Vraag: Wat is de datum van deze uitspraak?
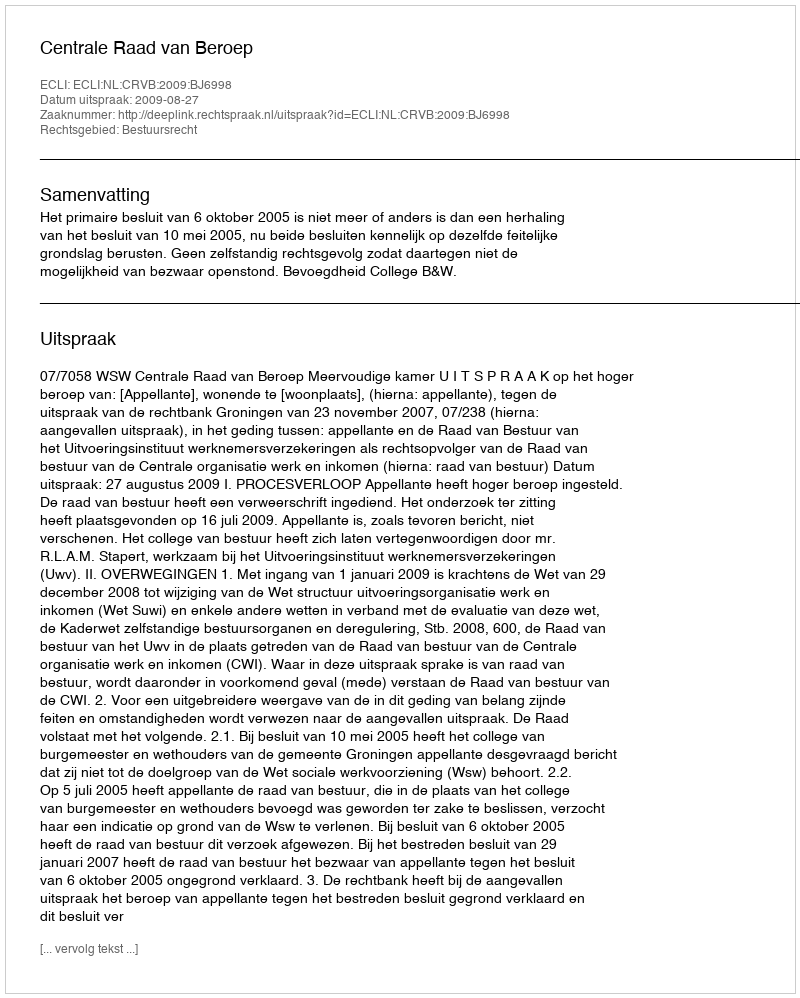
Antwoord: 2009-08-27